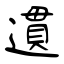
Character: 遦